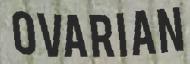
OVARIAN